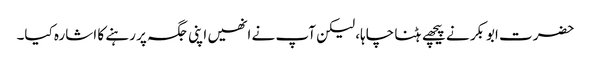
حضرت ابوبکر نے پیچھے ہٹنا چاہا، لیکن آپ نے انھیں اپنی جگہ پر رہنے کا اشارہ کیا۔